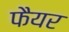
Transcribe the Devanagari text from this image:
फैयर